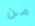
من